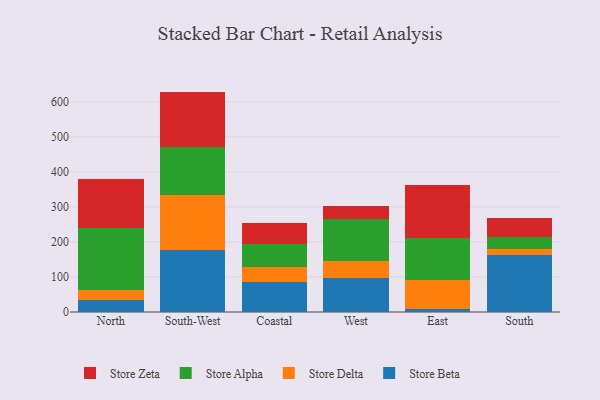
{"axis": {"x": "Region", "y": "Website Visitors"}, "legend": ["Store Alpha", "Store Beta", "Store Delta", "Store Zeta"], "data": [{"x": "North", "y": 33.4, "type": "Store Beta"}, {"x": "North", "y": 29.3, "type": "Store Delta"}, {"x": "North", "y": 178.4, "type": "Store Alpha"}, {"x": "North", "y": 138.9, "type": "Store Zeta"}, {"x": "South-West", "y": 177.0, "type": "Store Beta"}, {"x": "South-West", "y": 157.7, "type": "Store Delta"}, {"x": "South-West", "y": 135.3, "type": "Store Alpha"}, {"x": "South-West", "y": 159.2, "type": "Store Zeta"}, {"x": "Coastal", "y": 86.2, "type": "Store Beta"}, {"x": "Coastal", "y": 43.5, "type": "Store Delta"}, {"x": "Coastal", "y": 64.1, "type": "Store Alpha"}, {"x": "Coastal", "y": 60.2, "type": "Store Zeta"}, {"x": "West", "y": 97.2, "type": "Store Beta"}, {"x": "West", "y": 49.3, "type": "Store Delta"}, {"x": "West", "y": 120.3, "type": "Store Alpha"}, {"x": "West", "y": 37.1, "type": "Store Zeta"}, {"x": "East", "y": 8.4, "type": "Store Beta"}, {"x": "East", "y": 82.4, "type": "Store Delta"}, {"x": "East", "y": 121.0, "type": "Store Alpha"}, {"x": "East", "y": 150.8, "type": "Store Zeta"}, {"x": "South", "y": 164.0, "type": "Store Beta"}, {"x": "South", "y": 17.2, "type": "Store Delta"}, {"x": "South", "y": 33.3, "type": "Store Alpha"}, {"x": "South", "y": 52.5, "type": "Store Zeta"}]}